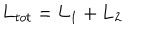
{ \bf L } _ { t o t } = { \bf L } _ { 1 } + { \bf L } _ { 2 }